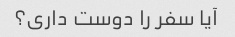
آیا سفر را دوست داری؟